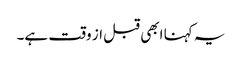
یہ کہنا ابھی قبل از وقت ہے۔